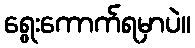
ရွေးကောက်ရမှာပဲ။